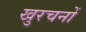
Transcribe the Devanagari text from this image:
खुरचनों